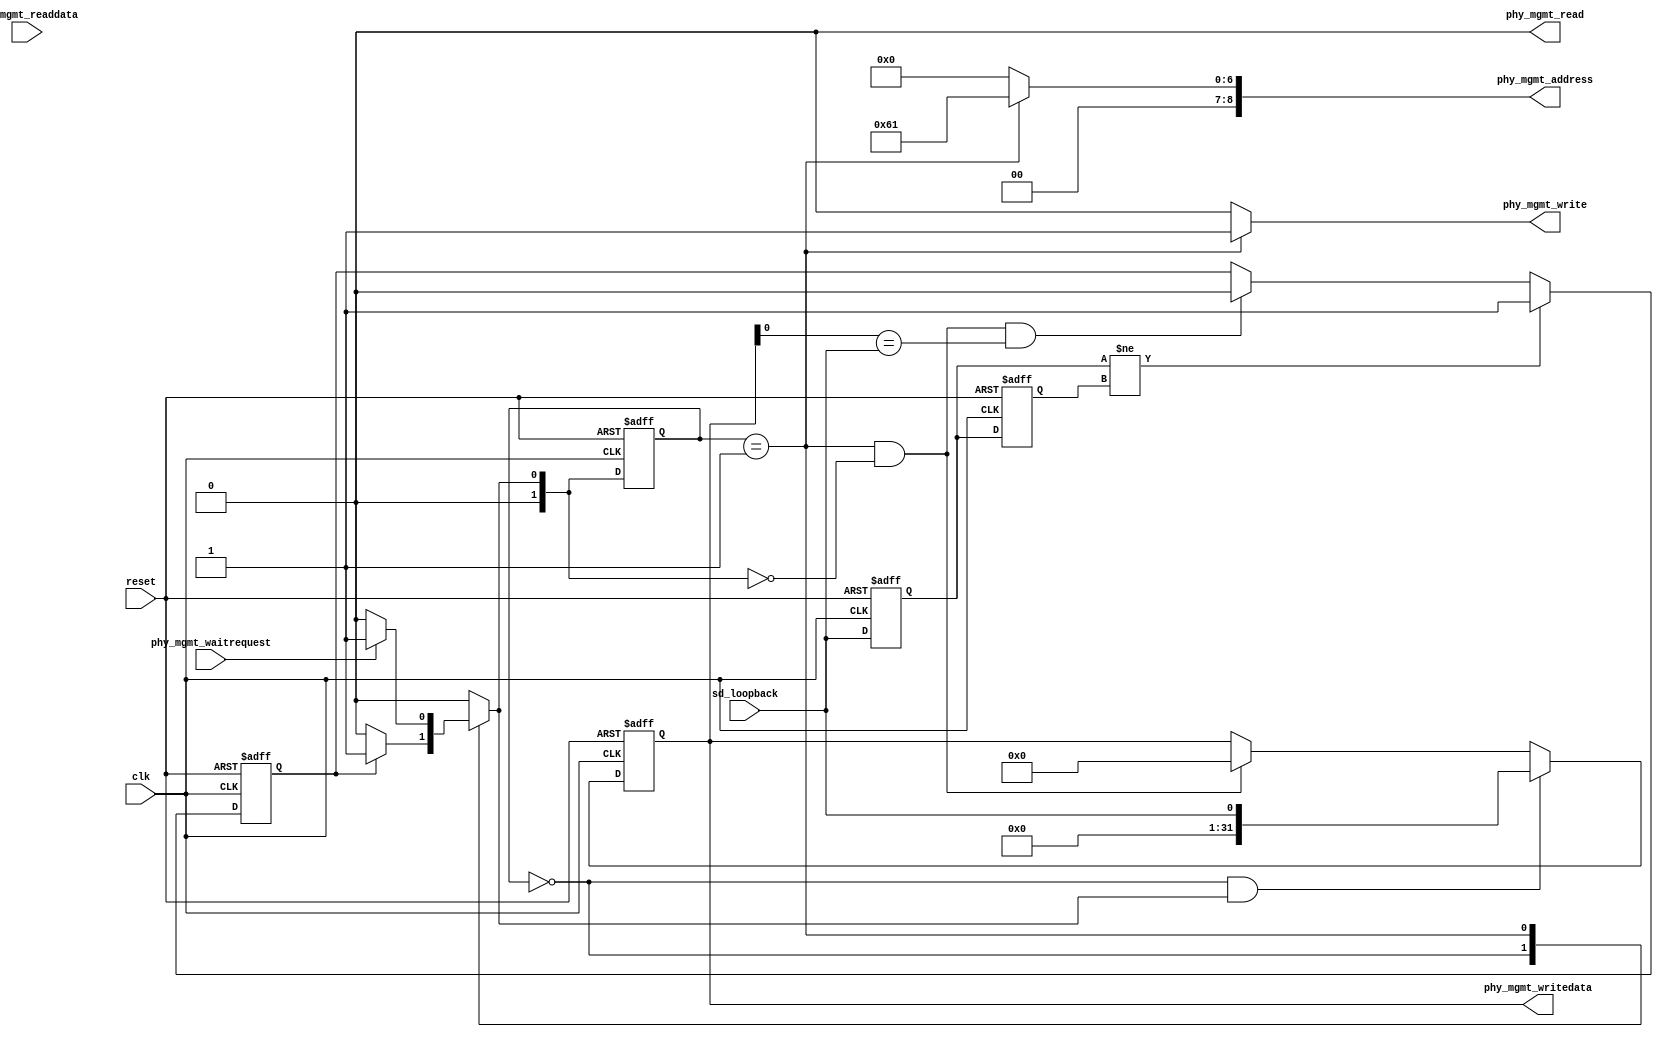
module altera_tse_fake_master(
   // Clock and reset
   input clk,
   input reset,

   // Avalon MM master interface
   output [8:0] phy_mgmt_address,
   output phy_mgmt_read,
   input [31:0] phy_mgmt_readdata,
   output phy_mgmt_write,
   output reg [31:0] phy_mgmt_writedata,
   input phy_mgmt_waitrequest,

   // Serial data loopback control
   input sd_loopback
);

//////////////////////////////////internal registers and paramaters//////////////////////////////////
reg [1:0] state;
reg [1:0] next_state;
reg sd_loopback_r1, sd_loopback_r2;
reg bit_event;

localparam IDLE = 2'b0 ;
localparam WRITE_DATA = 2'b1;

////////////////////to detect the toggled data from sd_loopback //////////
always @ (posedge clk or posedge reset)
begin
   if (reset)
   begin
      sd_loopback_r1 <= 1'b0;
      sd_loopback_r2 <= 1'b0;
   end
   else
   begin
	   sd_loopback_r2 <= sd_loopback_r1;
	   sd_loopback_r1 <= sd_loopback;
   end
end 

// bit_event is the bit to remember there is an event happening at the sd_loopback
// and used to trigger IDLE -> WRITE_DATA state transition
// This bit is only cleared during WRITE_DATA -> IDLE transition and make sure that
// phy_mgmt_writedata[0] value is equal to sd_loopback data
// This is to ensure that our Avalon MM write transaction is always in sync with sd_loopback value
always @ (posedge clk or posedge reset)
begin 
   if (reset)
   begin
      bit_event <= 0;
   end
   else
   begin
      if ( sd_loopback_r1 != sd_loopback_r2)
      begin 
         bit_event <= 1'b1;
      end
      else
      begin
         if (next_state == IDLE && state == WRITE_DATA && phy_mgmt_writedata[0] == sd_loopback)
         begin 
            bit_event <= 1'b0;
         end
      end 
   end
end
   
// State machine
always @ (posedge clk or posedge reset)
begin 
     if (reset)
        state <= IDLE;
     else 
        state <= next_state;
end 

// next_state logic
always @ (*)
begin
	case (state)
	IDLE:
   begin
		if (bit_event)
		   next_state = WRITE_DATA;
		else 
		   next_state = IDLE;
   end
	WRITE_DATA:
   begin
		if (!phy_mgmt_waitrequest)
			next_state = IDLE;
		else
		   next_state = WRITE_DATA;
   end
	default : next_state = IDLE;
	endcase
end

// Connection to PHYIP (Avalon MM master signals)
assign phy_mgmt_write = (state == WRITE_DATA)? 1'b1 : 1'b0;
assign phy_mgmt_read = 1'b0;
assign phy_mgmt_address = (state == WRITE_DATA) ? 9'h61 : 9'h0;

always @(posedge clk or posedge reset)
begin
   if (reset)
   begin
      phy_mgmt_writedata <= 32'b0;
   end
   else
   begin
      if (state == IDLE && next_state == WRITE_DATA)
      begin
         phy_mgmt_writedata <= {31'b0, sd_loopback};
      end
      else if (state == WRITE_DATA && next_state == IDLE)
      begin
         phy_mgmt_writedata <= 32'b0;
      end
   end
end

endmodule